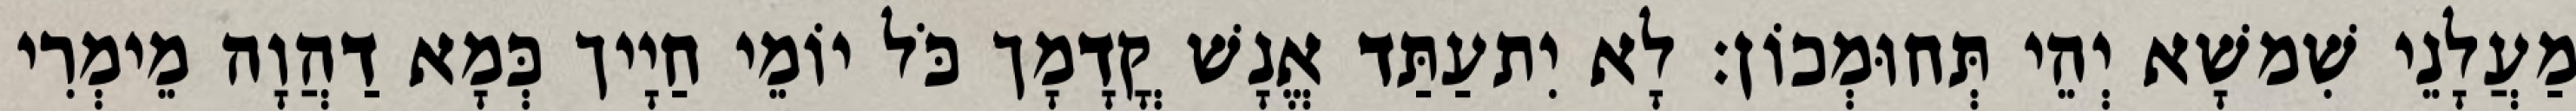
מַעֲלָנֵי שִׁמשָׁא יְהֵי תְּחוּמְכוֹן׃ לָא יִתעַתַּד אֱנָשׁ קֳדָמָך כֹּל יוֹמֵי חַיָיך כְּמָא דַהֲוָה מֵימְרִי